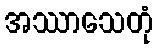
အဿာသေတုံ